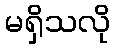
မရှိသလို